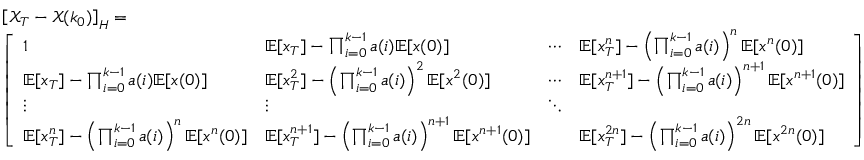
\begin{array} { r l } & { \left[ \mathscr { X } _ { T } - \mathscr { X } ( k _ { 0 } ) \right] _ { H } = } \\ & { \left[ \begin{array} { l l l l } { 1 } & { \mathbb { E } [ x _ { T } ] - \prod _ { i = 0 } ^ { k - 1 } a ( i ) \mathbb { E } [ x ( 0 ) ] } & { \cdots } & { \mathbb { E } [ x _ { T } ^ { n } ] - \left( \prod _ { i = 0 } ^ { k - 1 } a ( i ) \right) ^ { n } \mathbb { E } [ x ^ { n } ( 0 ) ] } \\ { \mathbb { E } [ x _ { T } ] - \prod _ { i = 0 } ^ { k - 1 } a ( i ) \mathbb { E } [ x ( 0 ) ] } & { \mathbb { E } [ x _ { T } ^ { 2 } ] - \left( \prod _ { i = 0 } ^ { k - 1 } a ( i ) \right) ^ { 2 } \mathbb { E } [ x ^ { 2 } ( 0 ) ] } & { \cdots } & { \mathbb { E } [ x _ { T } ^ { n + 1 } ] - \left( \prod _ { i = 0 } ^ { k - 1 } a ( i ) \right) ^ { n + 1 } \mathbb { E } [ x ^ { n + 1 } ( 0 ) ] } \\ { \vdots } & { \vdots } & { \ddots } & \\ { \mathbb { E } [ x _ { T } ^ { n } ] - \left( \prod _ { i = 0 } ^ { k - 1 } a ( i ) \right) ^ { n } \mathbb { E } [ x ^ { n } ( 0 ) ] } & { \mathbb { E } [ x _ { T } ^ { n + 1 } ] - \left( \prod _ { i = 0 } ^ { k - 1 } a ( i ) \right) ^ { n + 1 } \mathbb { E } [ x ^ { n + 1 } ( 0 ) ] } & & { \mathbb { E } [ x _ { T } ^ { 2 n } ] - \left( \prod _ { i = 0 } ^ { k - 1 } a ( i ) \right) ^ { 2 n } \mathbb { E } [ x ^ { 2 n } ( 0 ) ] } \end{array} \right] } \end{array}